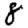
Digit: 8